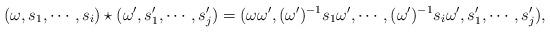
LaTeX: \begin{align*} (\omega, s_1, \cdots, s_i) \star (\omega', s'_1, \cdots, s'_j) = (\omega\omega', (\omega')^{-1} s_1 \omega', \cdots, (\omega')^{-1} s_i \omega', s'_1, \cdots, s'_j),\end{align*}